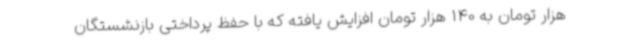
هزار تومان به 140 هزار تومان افزایش یافته که با حفظ پرداختی بازنشستگان